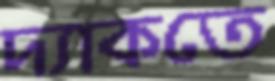
দ্যাকতে